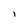
Character: i